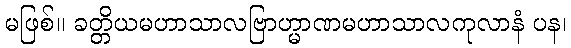
မဖြစ်။ ခတ္တိယမဟာသာလဗြာဟ္မာဏမဟာသာလကုလာနံ ပန၊